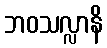
ဘဝသလ္လာနိ